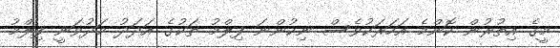
މީގެ އިތުރުން ކޮންމެ އަހަރަކުވެސް ނިކުންނަ ފިލްމު ތަކުގެ އަދަދު މަދުވަނީ ފިލްމު